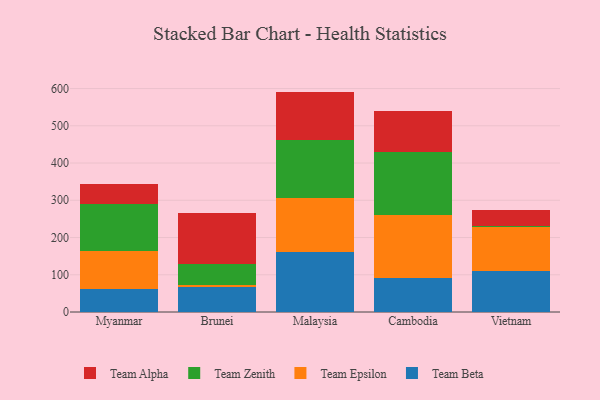
{"axis": {"x": "Country", "y": "Churn Rate (%)"}, "legend": ["Team Alpha", "Team Beta", "Team Epsilon", "Team Zenith"], "data": [{"x": "Myanmar", "y": 62.4, "type": "Team Beta"}, {"x": "Myanmar", "y": 101.4, "type": "Team Epsilon"}, {"x": "Myanmar", "y": 125.2, "type": "Team Zenith"}, {"x": "Myanmar", "y": 54.5, "type": "Team Alpha"}, {"x": "Brunei", "y": 67.1, "type": "Team Beta"}, {"x": "Brunei", "y": 5.1, "type": "Team Epsilon"}, {"x": "Brunei", "y": 57.9, "type": "Team Zenith"}, {"x": "Brunei", "y": 136.4, "type": "Team Alpha"}, {"x": "Malaysia", "y": 160.1, "type": "Team Beta"}, {"x": "Malaysia", "y": 145.9, "type": "Team Epsilon"}, {"x": "Malaysia", "y": 157.1, "type": "Team Zenith"}, {"x": "Malaysia", "y": 128.7, "type": "Team Alpha"}, {"x": "Cambodia", "y": 92.1, "type": "Team Beta"}, {"x": "Cambodia", "y": 169.3, "type": "Team Epsilon"}, {"x": "Cambodia", "y": 168.9, "type": "Team Zenith"}, {"x": "Cambodia", "y": 109.1, "type": "Team Alpha"}, {"x": "Vietnam", "y": 109.7, "type": "Team Beta"}, {"x": "Vietnam", "y": 117.4, "type": "Team Epsilon"}, {"x": "Vietnam", "y": 5.1, "type": "Team Zenith"}, {"x": "Vietnam", "y": 41.8, "type": "Team Alpha"}]}